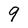
Character: 9